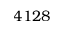
4 1 2 8